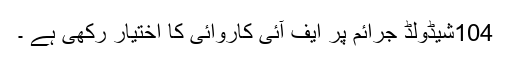
104شیڈولڈ جرائم پر ایف آئی کاروائی کا اختیار رکھی ہے ۔